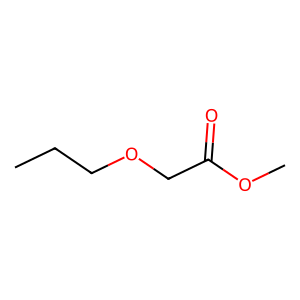
SMILES: CCCOCC(=O)OC
Inhibits HIV replication: No